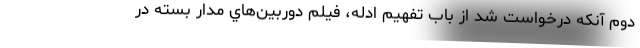
دوم آنكه درخواست شد از باب تفهيم ادله، فيلم دوربين‌هاي مدار بسته در